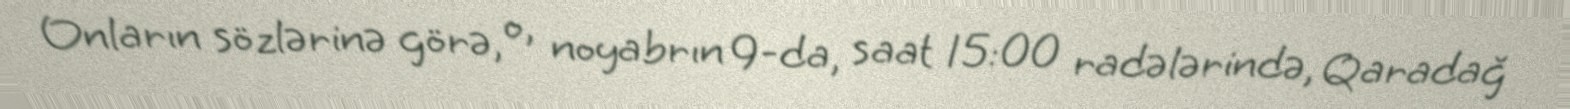
Onların sözlərinə görə, o, noyabrın 9-da, saat 15:00 radələrində, Qaradağ